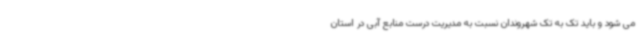
می شود و باید تک به تک شهروندان نسبت به مدیریت درست منابع آبی در استان